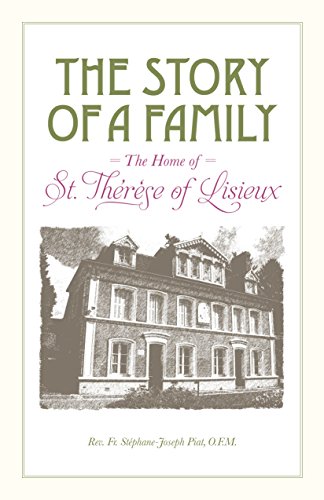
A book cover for The Story of a Family: The Home of St. Therese of Lisieux; Rev. Fr. Stephane-Joseph Piat; Christian Books & Bibles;